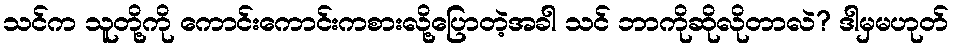
သင်က သူတို့ကို ကောင်းကောင်းကစားလို့ပြောတဲ့အခါ သင် ဘာကိုဆိုလိုတာလဲ? ဒါမှမဟုတ်